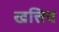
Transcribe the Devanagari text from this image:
खत्तिय